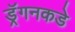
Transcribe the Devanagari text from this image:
ड्रॅगनकडे